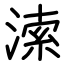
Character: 溹